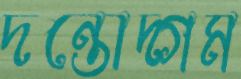
দন্তোদ্গম